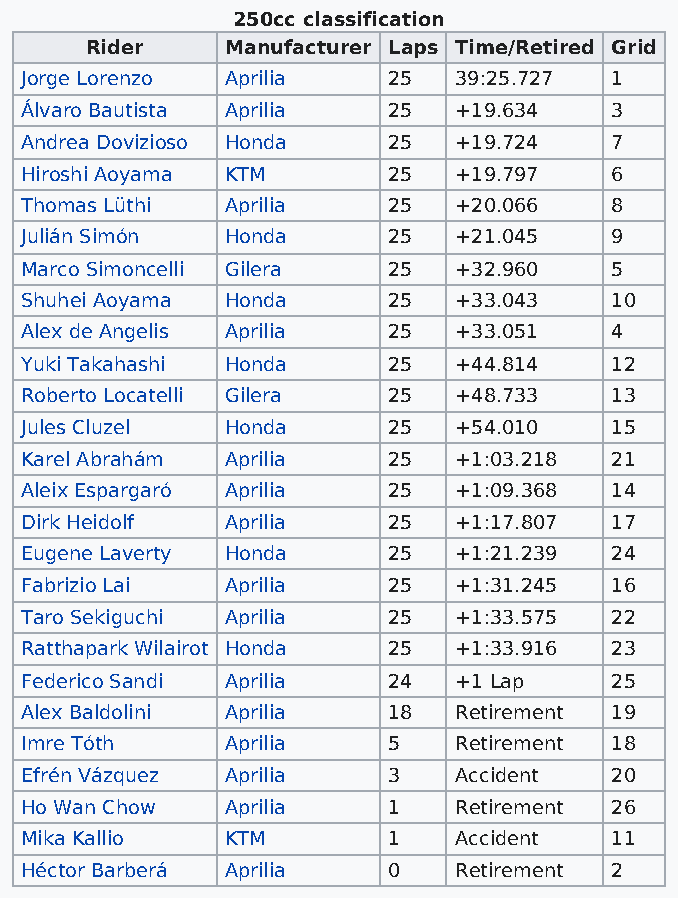
250cc classification
 Rider    Manufacturer Laps Time/Retired Grid
 Jorge Lorenzo Aprilia    25  39:25.727 1
 Álvaro Bautista Aprilia  25  +19.634   3
 Andrea Dovizioso Honda   25  +19.724   7
 Hiroshi Aoyama KTM       25  +19.797   6
 Thomas Lüthi  Aprilia    25  +20.066   8
 Julián Simón  Honda      25  +21.045   9
 Marco Simoncelli Gilera  25  +32.960   5
 Shuhei Aoyama Honda      25  +33.043   10
 Alex de Angelis Aprilia  25  +33.051   4
 Yuki Takahashi Honda     25  +44.814   12
 Roberto Locatelli Gilera 25  +48.733   13
 Jules Cluzel  Honda      25  +54.010   15
 Karel Abrahám Aprilia    25  +1:03.218 21
 Aleix Espargaró Aprilia  25  +1:09.368 14
 Dirk Heidolf  Aprilia    25  +1:17.807 17
 Eugene Laverty Honda     25  +1:21.239 24
 Fabrizio Lai  Aprilia    25  +1:31.245 16
 Taro Sekiguchi Aprilia   25  +1:33.575 22
 Ratthapark Wilairot Honda 25 +1:33.916 23
 Federico Sandi Aprilia   24  +1 Lap    25
 Alex Baldolini Aprilia   18  Retirement 19
 Imre Tóth     Aprilia    5   Retirement 18
 Efrén Vázquez Aprilia    3   Accident  20
 Ho Wan Chow   Aprilia    1   Retirement 26
 Mika Kallio   KTM        1   Accident  11
 Héctor Barberá Aprilia   0   Retirement 2